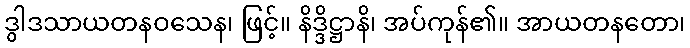
ဒွါဒသာယတနဝသေန၊ ဖြင့်။ နိဒ္ဒိဋ္ဌာနိ၊ အပ်ကုန်၏။ အာယတနတော၊